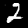
Digit: 2